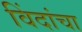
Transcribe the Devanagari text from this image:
विंदांचा